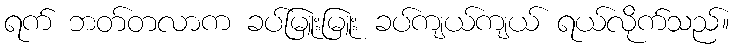
ရက် ဘတ်တလာက ခပ်မြူးမြူး ခပ်ကျယ်ကျယ် ရယ်လိုက်သည်။